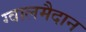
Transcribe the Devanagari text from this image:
ग्वालमैदान